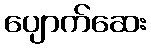
ပျောက်ဆေး